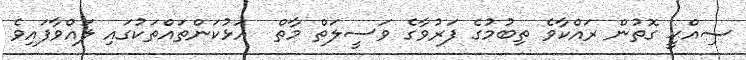
ޞިއްޙީ ގޮތުން ރައްކާވެ ތިބުމުގެ ފަރުވާގެ ވަސީލަތް މާތް  އަޅުކަންތައްތަކުގައި ލައްވާފައިވެ